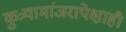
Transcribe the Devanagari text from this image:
कुत्र्यामांजरापेक्षाही